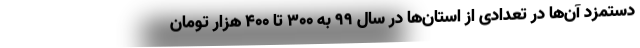
دستمزد آن‌ها در تعدادی از استان‌ها در سال ۹۹ به ۳۰۰ تا ۴۰۰ هزار تومان